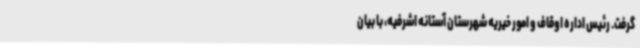
گرفت. رئیس اداره اوقاف و امور خیریه شهرستان آستانه اشرفیه، با بیان